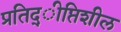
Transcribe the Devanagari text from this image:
प्रतिद्ीप्तिशील